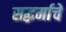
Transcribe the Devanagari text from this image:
सद्धर्माचे